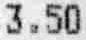
3.50